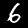
Digit: 6